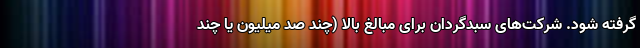
گرفته شود. شرکت‌های سبدگردان برای مبالغ بالا (چند صد میلیون یا چند